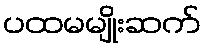
ပထမမျိုးဆက်